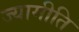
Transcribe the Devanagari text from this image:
ज्यामीति